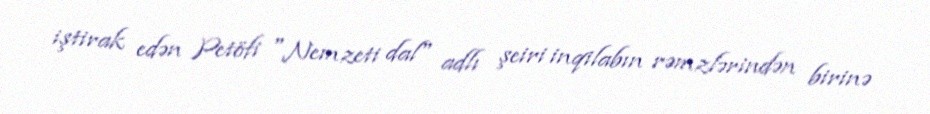
iştirak edən Petöfi "Nemzeti dal" adlı şeiri inqilabın rəmzlərindən birinə